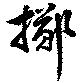
擲